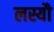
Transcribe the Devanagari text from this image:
लस्यौ